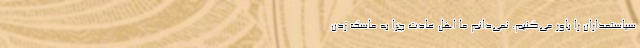
سیاستمداران را باور می‌کنیم. نمی‌دانم ما اهل عادت چرا به ماسک زدن